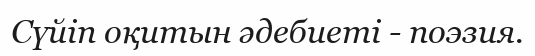
Сүйіп оқитын әдебиеті - поэзия.